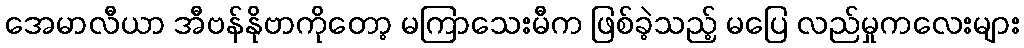
အေမာလီယာ အီဗန်နိုဗာကိုတော့ မကြာသေးမီက ဖြစ်ခဲ့သည့် မပြေ လည်မှုကလေးများ